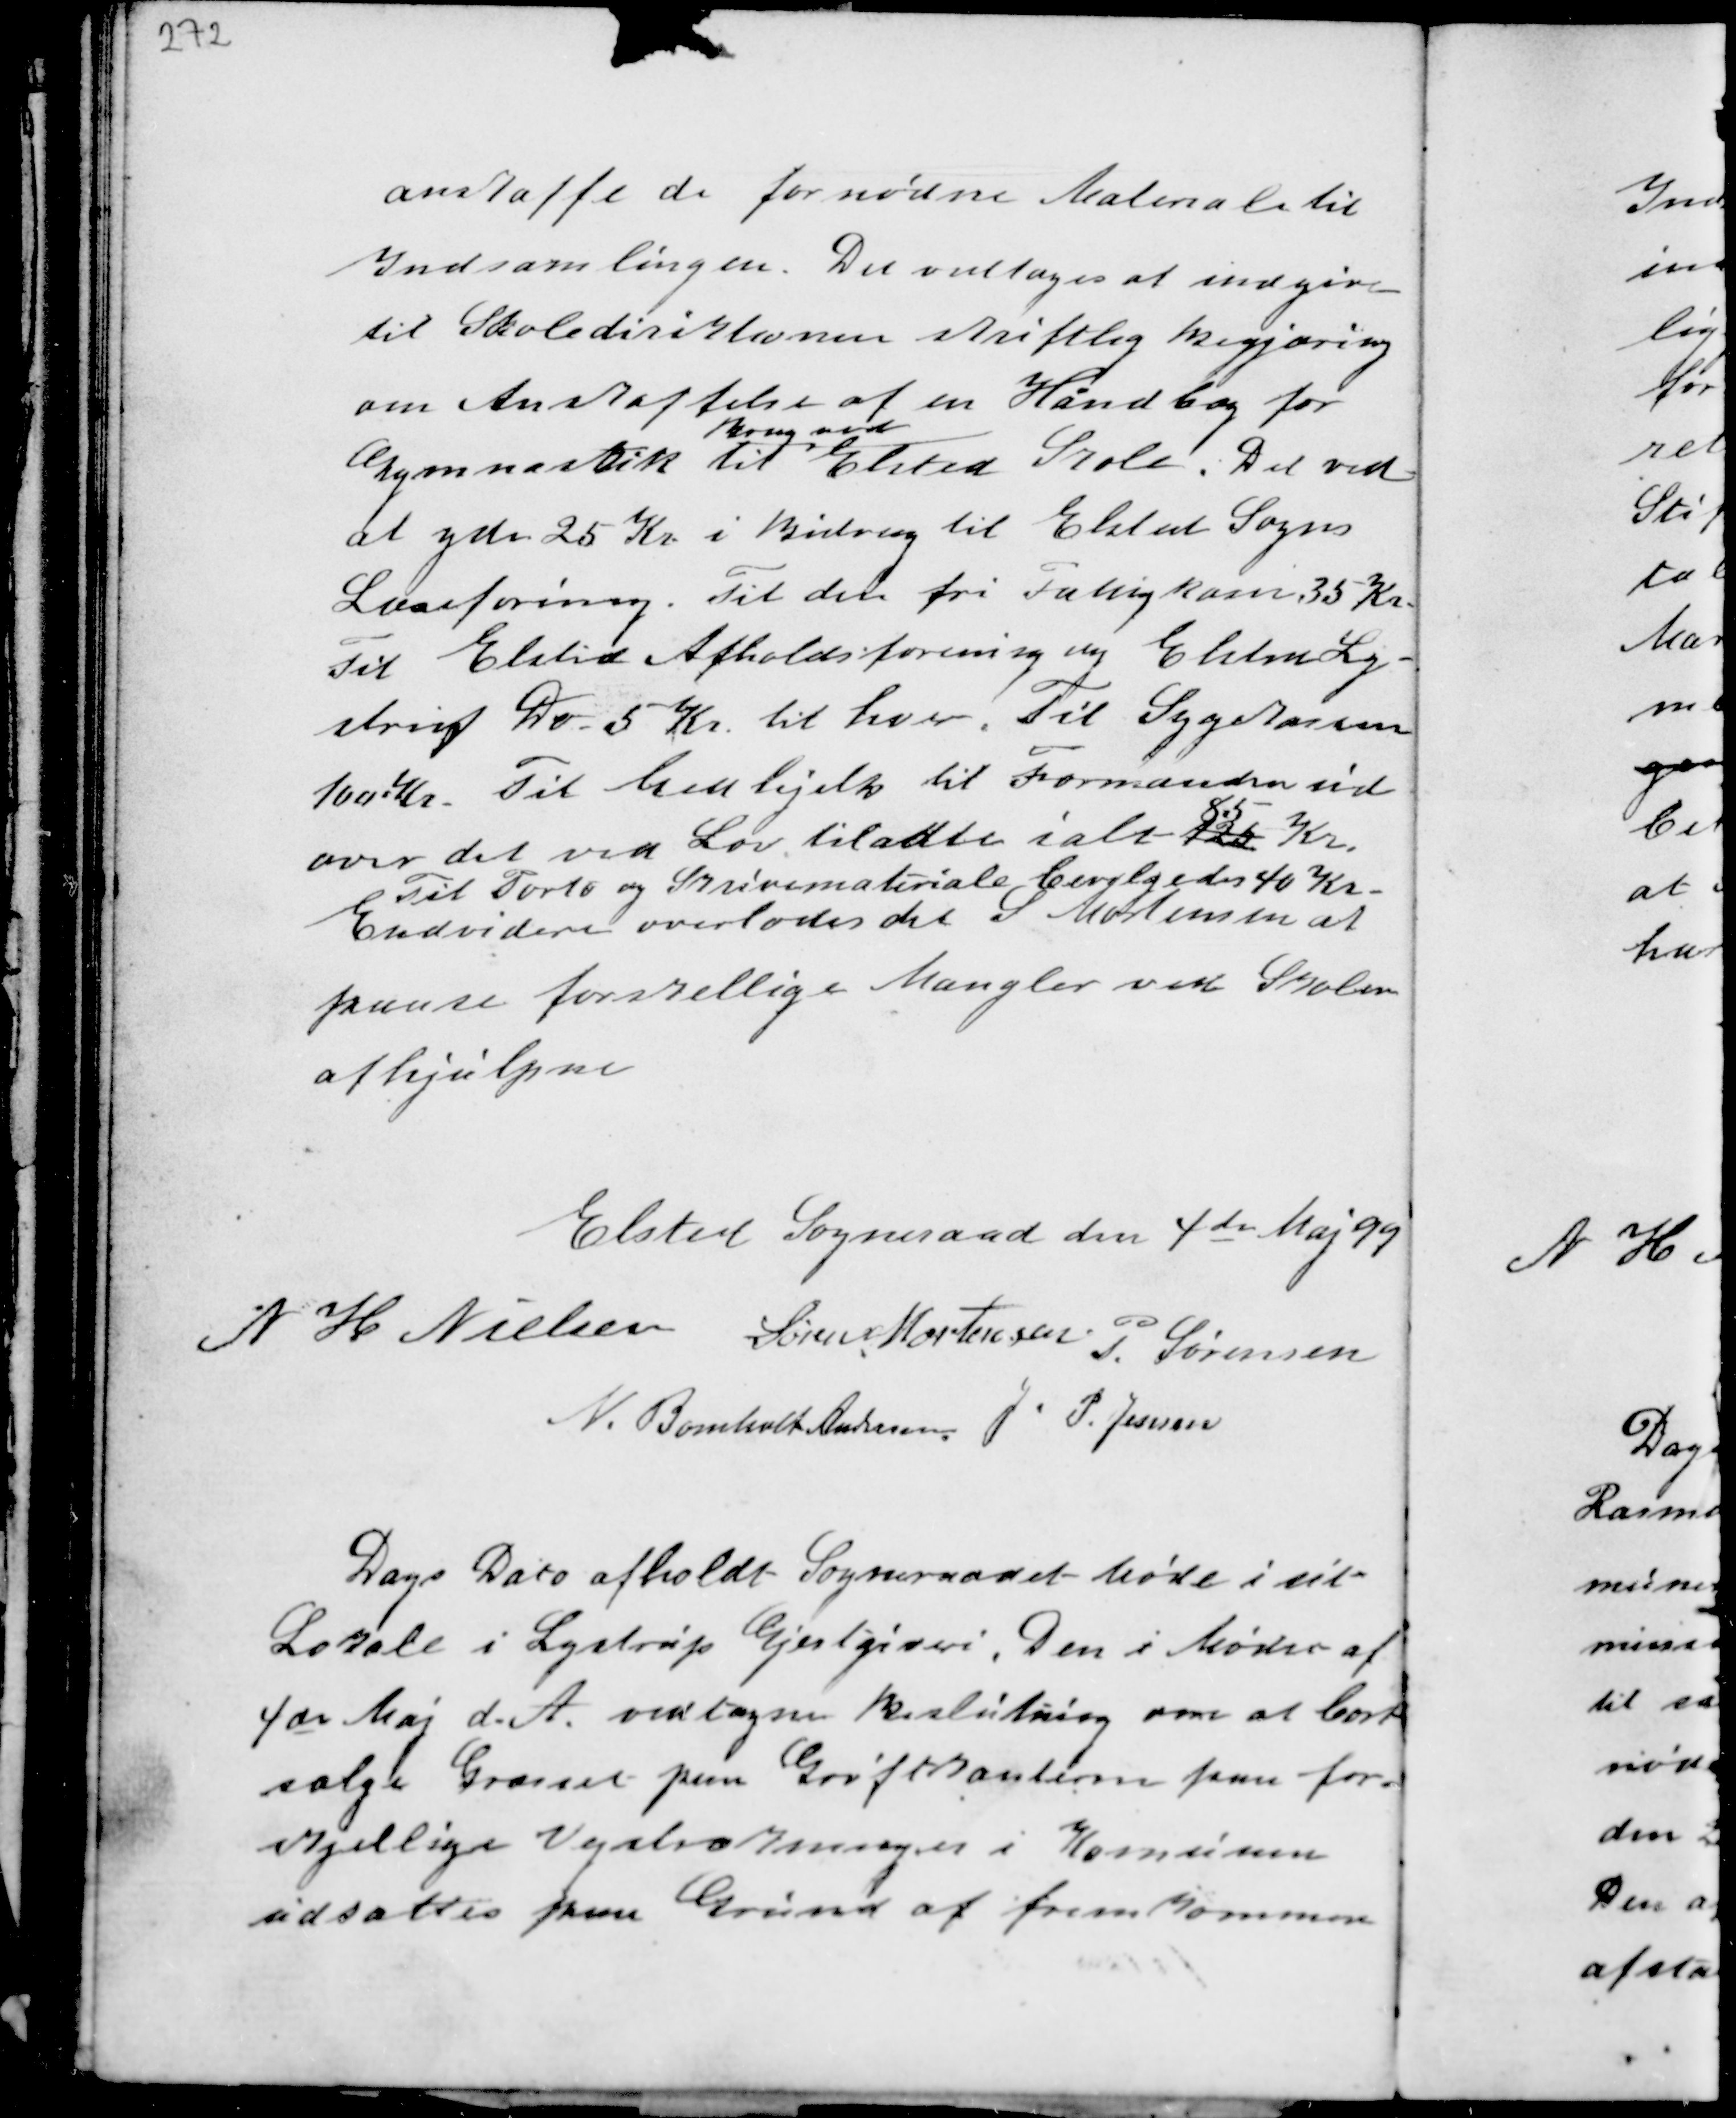
Transskription:
anskaffe de fornødne Materialer til
Indsamlingen. Det vedtoges at indgive
til Skolediriktionen skriftlig begjæring
om Anskaffelse af en Håndbog for
Gymnastik til
Brug ved
Elsted Skole. Det ved-
at yde 25 Kr. i Bidrag til Elsted Sogns
Læseforening. Til den fri Fattigkasse 35 Kr.
Til Elsted Afholdsforening og Elsted Ly-
strup Do. 5 Kr. til hver. Til Sygekassen
100 Kr. Til Menhjelp til Formanden ud-
over det ved Lov tilladte ialt 125
85
Kr.
Til Porto og Skrivemateriale bevilligedes 40 Kr.
Endvidere overlades det S. Mortensen at
paase forskellige Mangler ved Skolen
afhjulpne

Elsted Sogneraad den 4de Maj 99
N H Nielsen Søren Mortensen
P. Sørensen
N. Bomholt Andersen J. P. Jensen

Dags Dato afholdt Sogneraadet Møde i sit
Lokale i Lystrup Gjestgiveri. Den i Møder af
4de Maj d.A. vedtagne Beslutning om at bort-
sælge Græsset paa Grøftekanterne foran for-
skjellige Vejstrækninger i Komunen
udsættes paa Grund af fremkommen